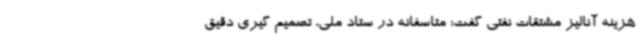
هزینه آنالیز مشتقات نفتی گفت: متاسفانه در ستاد ملی، تصمیم گیری دقیق